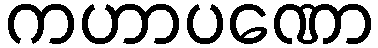
ကဟာပဏော